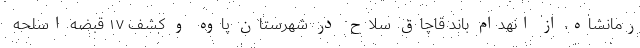
رمانشاه، از انهدام باند قاچاق سلاح در شهرستان پاوه و کشف ۱۷ قبضه اسلحه